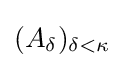
(A_{\delta })_{\delta <\kappa }